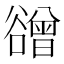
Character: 𧯒